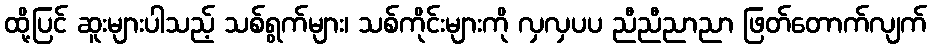
ထို့ပြင် ဆူးများပါသည့် သစ်ရွက်များ၊ သစ်ကိုင်းများကို လှလှပပ ညီညီညာညာ ဖြတ်တောက်လျက်